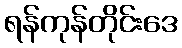
ရန်ကုန်တိုင်းဒေ